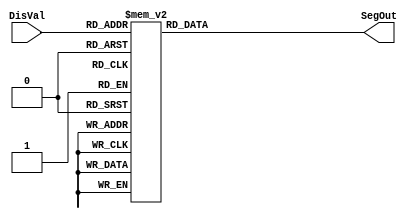
module seven_seg_display (DisVal, SegOut);

   input [3:0] DisVal;
	output [7:0] SegOut;


	reg [7:0] SegOut;

	always @ (DisVal)

	begin

		case(DisVal)

		4'h0 : SegOut = 8'b11000000;  	// 0
		4'h1 : SegOut = 8'b11111001;  	// 1
		4'h2 : SegOut = 8'b10100100;  	// 2
		4'h3 : SegOut = 8'b10110000;  	// 3
		4'h4 : SegOut = 8'b10011001;  	// 4
		4'h5 : SegOut = 8'b10010010;  	// 5
		4'h6 : SegOut = 8'b10000010;  	// 6
		4'h7 : SegOut = 8'b11111000;  	// 7
		4'h8 : SegOut = 8'b10000000;  	// 8
		4'h9 : SegOut = 8'b10010000;  	// 9
		4'hA : SegOut = 8'b10001000;  	// A
		4'hB : SegOut = 8'b10000011;	 // B
		4'hC : SegOut = 8'b11000110;	 // C
		4'hD : SegOut = 8'b10100001;	 // D
		4'hE : SegOut = 8'b10000110;	 // E
		4'hF : SegOut = 8'b10001110;	 // F
		default : SegOut = 8'b10111111;

		endcase
	end
endmodule